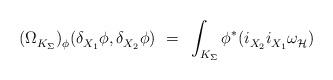
LaTeX: \begin{align*} (\Omega_{K_\Sigma}^{})_\phi^{}(\delta_{X_1}^{} \phi,\delta_{X_2}^{} \phi)~ =~\int_{K_\Sigma} \phi^* (i_{X_2}^{} i_{X_1}^{} \omega_{\mathcal{H}}^{\vphantom{j}})\end{align*}